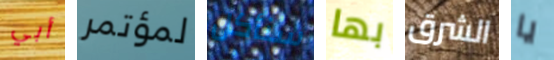
أبي لمؤتمر سنأكل بها الشرق يا